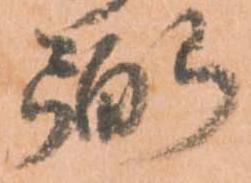
弼